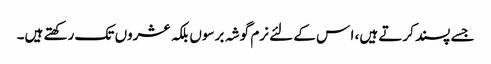
جسے پسند کرتے ہیں، ا س کے لئے نرم گوشہ برسوں بلکہ عشروں تک رکھتے ہیں۔